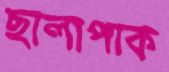
ছালাপাক